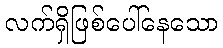
လက်ရှိဖြစ်ပေါ်နေသော